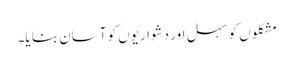
مشکلوں کو سہل اور دشواریوں کو آسان بنا یا۔